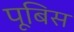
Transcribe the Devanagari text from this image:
पूबिस